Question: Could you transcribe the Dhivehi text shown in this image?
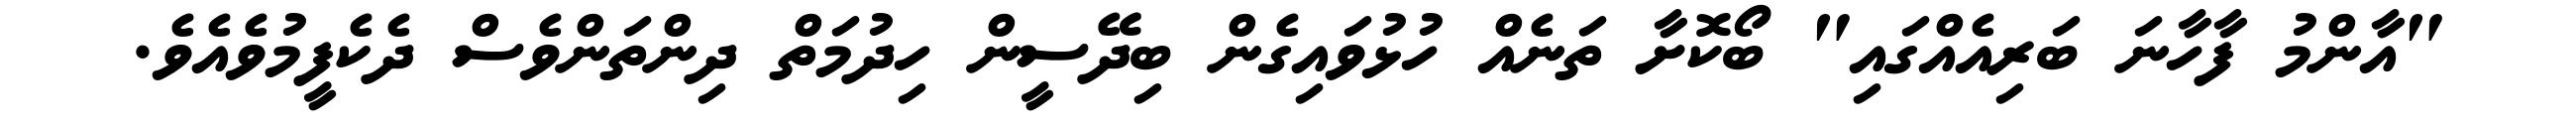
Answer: "އާންމު ފާހާނަ ބަރިއެއްގައި" ބޯކޮށާ ތަނެއް ހުޅުވައިގެން ބިދޭސީން ހިދުމަތް ދިންތަންވެސް ދެކެފީމުވެއެވެ.